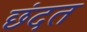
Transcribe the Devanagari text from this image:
छंदत